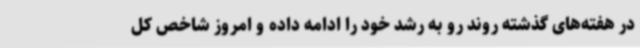
در هفته‌های گذشته روند رو به رشد خود را ادامه داده و امروز شاخص کل